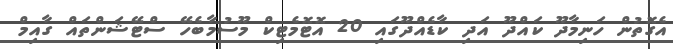
އެގޮތުން ހަނިމާދޫ ކައްދޫ އަދި ކާޑެއްދޫގައި 20 އޮޓޮމެޓިކް މޫސުމާބެހޭ ސްޓޭޝަންތައް ގާއިމް